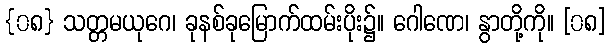
{၀၈} သတ္တမယုဂေ၊ ခုနစ်ခုမြောက်ထမ်းပိုး၌။ ဂေါဏေ၊ နွာတို့ကို။ [၀၈]